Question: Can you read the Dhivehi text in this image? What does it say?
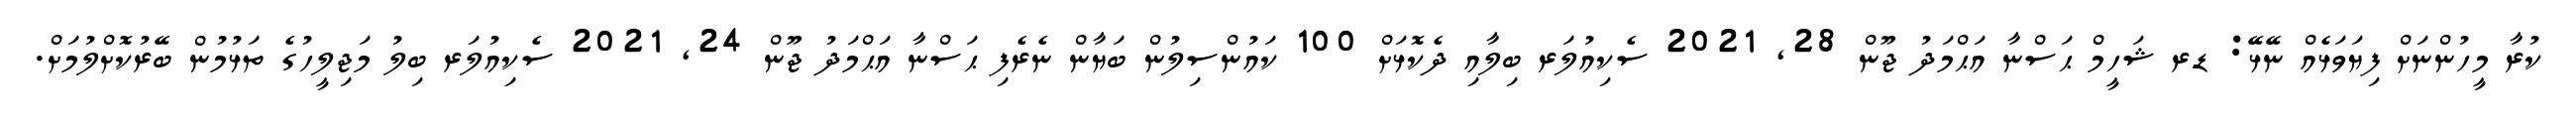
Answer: ކުރާ މީހުންނަށް ފިޔަވަޅެއް ނޭޅޭ: ޑރ ޝަހީމް ޙަސްނާ އަޙްމަދު ޖޫން 28, 2021 ސެކިއުލަރ ބިލާއި ދެކޮޅަށް 100 ކައުންސިލުން ބަޔާން ނެރެފި ޙަސްނާ އަޙްމަދު ޖޫން 24, 2021 ސެކިއުލަރ ބިލު މަޖިލީހުގެ ތަޅުމުން ބޭރުކޮށްލުމަށް.